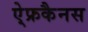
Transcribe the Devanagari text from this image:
ऐ्फ्रकैनस